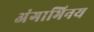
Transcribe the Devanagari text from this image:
अंगाभिनय